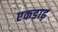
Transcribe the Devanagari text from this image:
एकडाढ़